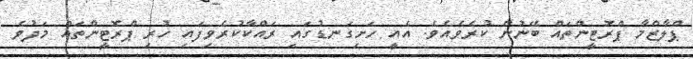
ޕްލާޒްމާ ޕްރޮޓީންތައް ބޭނުން ކުރެވެއެވެ. އެއީ ހަށިގަނޑުގައި ރައްކާކުރެވިފައި ހުރި ޕްރޮޓީންތައް މަދުވެ